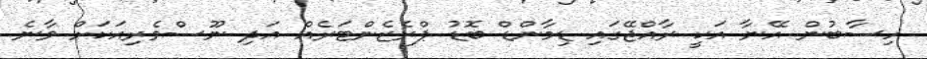
ހިސާބުން އޭނާ އަކީ ރާއްޖޭގައި ޑިމާންޑް ބޮޑު ޕްރެޒެންޓަރެއް އަދި ނޫސްވެރިއަކަށް ވާނެ